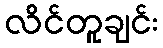
လိင်တူချင်း